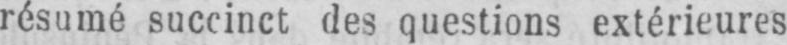
résumé succinct des questions extérieures